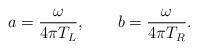
LaTeX: \begin{align*}a = { \omega \over 4 \pi T_L}, ~~~~~~ b = {\omega \over 4 \pi T_R}.\end{align*}